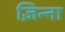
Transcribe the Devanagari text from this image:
ज़िन्ना